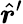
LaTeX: {\hat{\boldsymbol{r}}}^{\prime}